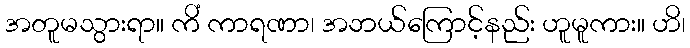
အတူမသွားရာ။ ကိံ ကာရဏာ၊ အဘယ်ကြောင့်နည်း ဟူမူကား။ ဟိ၊